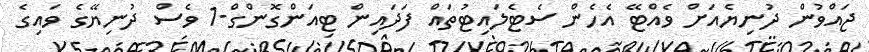
ޖައްވުން ދުނިޔެއަށް ވެއްޓޭ އެހެން ސެޓެލައިޓުތައް ފަދައިން ޓިއަންގޮންގް-1 ވެސް ދުނިޔޭގެ ވައިގެ